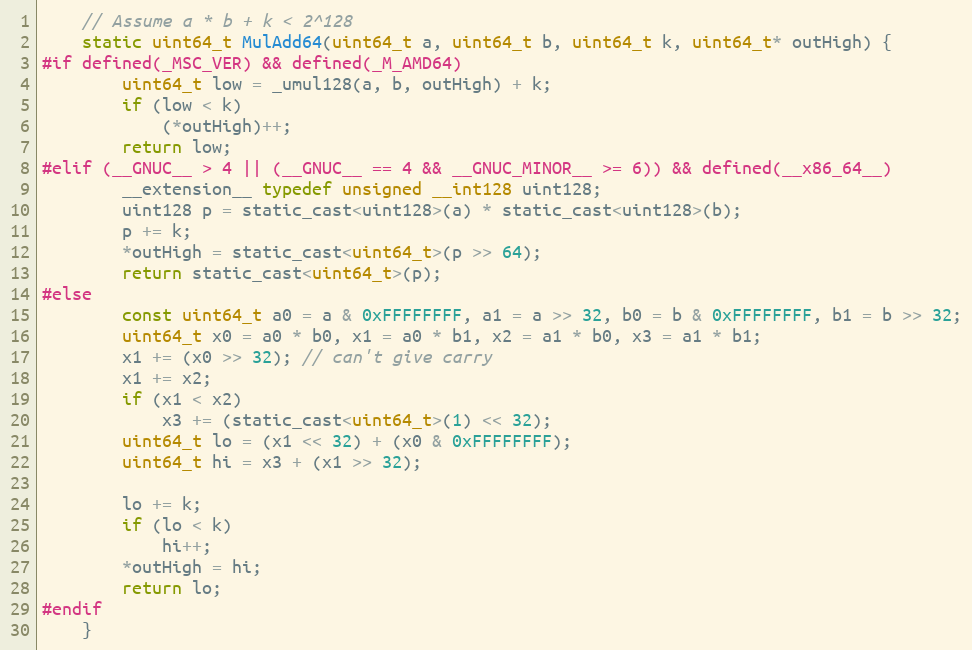
Language: C
    // Assume a * b + k < 2^128
    static uint64_t MulAdd64(uint64_t a, uint64_t b, uint64_t k, uint64_t* outHigh) {
#if defined(_MSC_VER) && defined(_M_AMD64)
        uint64_t low = _umul128(a, b, outHigh) + k;
        if (low < k)
            (*outHigh)++;
        return low;
#elif (__GNUC__ > 4 || (__GNUC__ == 4 && __GNUC_MINOR__ >= 6)) && defined(__x86_64__)
        __extension__ typedef unsigned __int128 uint128;
        uint128 p = static_cast<uint128>(a) * static_cast<uint128>(b);
        p += k;
        *outHigh = static_cast<uint64_t>(p >> 64);
        return static_cast<uint64_t>(p);
#else
        const uint64_t a0 = a & 0xFFFFFFFF, a1 = a >> 32, b0 = b & 0xFFFFFFFF, b1 = b >> 32;
        uint64_t x0 = a0 * b0, x1 = a0 * b1, x2 = a1 * b0, x3 = a1 * b1;
        x1 += (x0 >> 32); // can't give carry
        x1 += x2;
        if (x1 < x2)
            x3 += (static_cast<uint64_t>(1) << 32);
        uint64_t lo = (x1 << 32) + (x0 & 0xFFFFFFFF);
        uint64_t hi = x3 + (x1 >> 32);

        lo += k;
        if (lo < k)
            hi++;
        *outHigh = hi;
        return lo;
#endif
    }